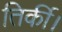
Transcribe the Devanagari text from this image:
तिर्की।